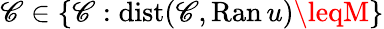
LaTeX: \mathscr{C}\in\{ \mathscr{C}:\mathrm{{dist}}(\mathscr{C},\mathrm{{Ran}}\, u)\leqM\}